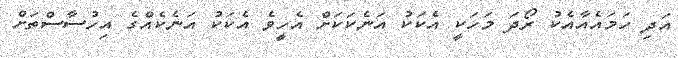
އަދި ހަމައެއާއެކު ރޯދަ މަހަކީ އެކަކު އަނެކަކަށް އެހީވެ އެކަކު އަނެކެއްގެ އިހުސާސްތަށް